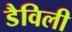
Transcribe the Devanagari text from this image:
डैविली